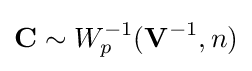
\mathbf {C} \sim W_{p}^{-1}(\mathbf {V} ^{-1},n)